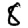
Digit: 8